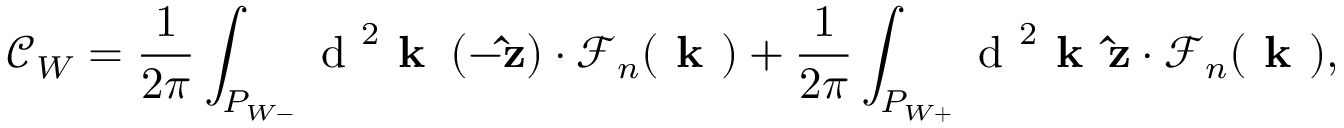
\mathcal { C } _ { W } = \frac { 1 } { 2 \pi } \int _ { P _ { W - } } \mathrm { ~ d ~ } ^ { 2 } \textbf { k } \, ( - \mathbf { \hat { z } } ) \cdot \boldsymbol { \mathcal { F } } _ { n } ( \textbf { k } ) + \frac { 1 } { 2 \pi } \int _ { P _ { W + } } \mathrm { ~ d ~ } ^ { 2 } \textbf { k } \, \mathbf { \hat { z } } \cdot \boldsymbol { \mathcal { F } } _ { n } ( \textbf { k } ) ,